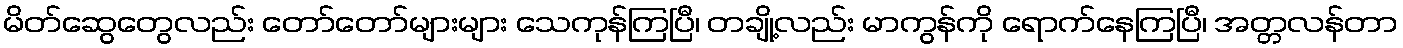
မိတ်ဆွေတွေလည်း တော်တော်များများ သေကုန်ကြပြီ၊ တချို့လည်း မာကွန်ကို ရောက်နေကြပြီ၊ အတ္တလန်တာ